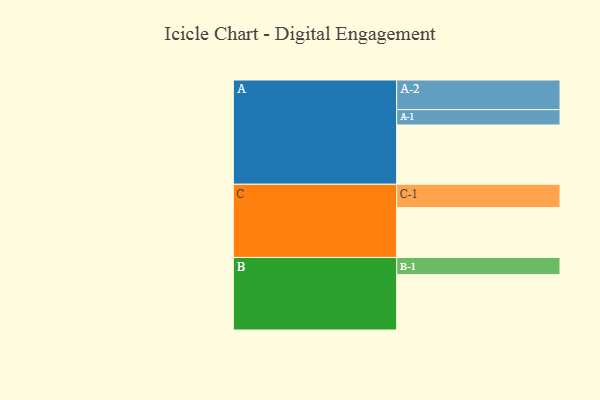
{"axis": {"x": "Segment", "y": "Value"}, "legend": ["", "A", "B", "C"], "data": [{"x": "A", "y": 452, "type": ""}, {"x": "B", "y": 422, "type": ""}, {"x": "C", "y": 381, "type": ""}, {"x": "A-1", "y": 117, "type": "A"}, {"x": "A-2", "y": 226, "type": "A"}, {"x": "B-1", "y": 131, "type": "B"}, {"x": "C-1", "y": 177, "type": "C"}]}